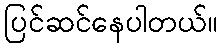
ပြင်ဆင်နေပါတယ်။